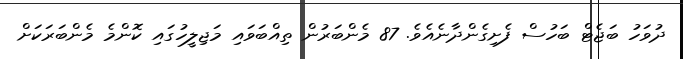
ދުވަހު ބަޖެޓް ބަހުސް ފެށިގެންދާނެއެވެ. 87 މެންބަރުން ތިއްބަވައި މަޖިލީހުގައި ކޮންމެ މެންބަރަކަށް